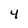
Character: 4